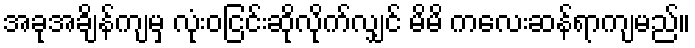
အခုအချိန်ကျမှ လုံးဝငြင်းဆိုလိုက်လျှင် မိမိ ကလေးဆန်ရာကျမည်။